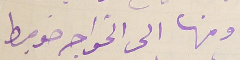
ومنها الى الخواجه ضوميط